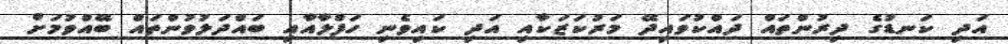
އަދި ކަނޑުގެ ދިރުންތައް ދައްކުވައިދޭ މަރުކަޒަކާއި އަދި ކައިވެނި ހަފްލާއާއި ބައްދަލުވުންތައް ބޭއްވުމަށް